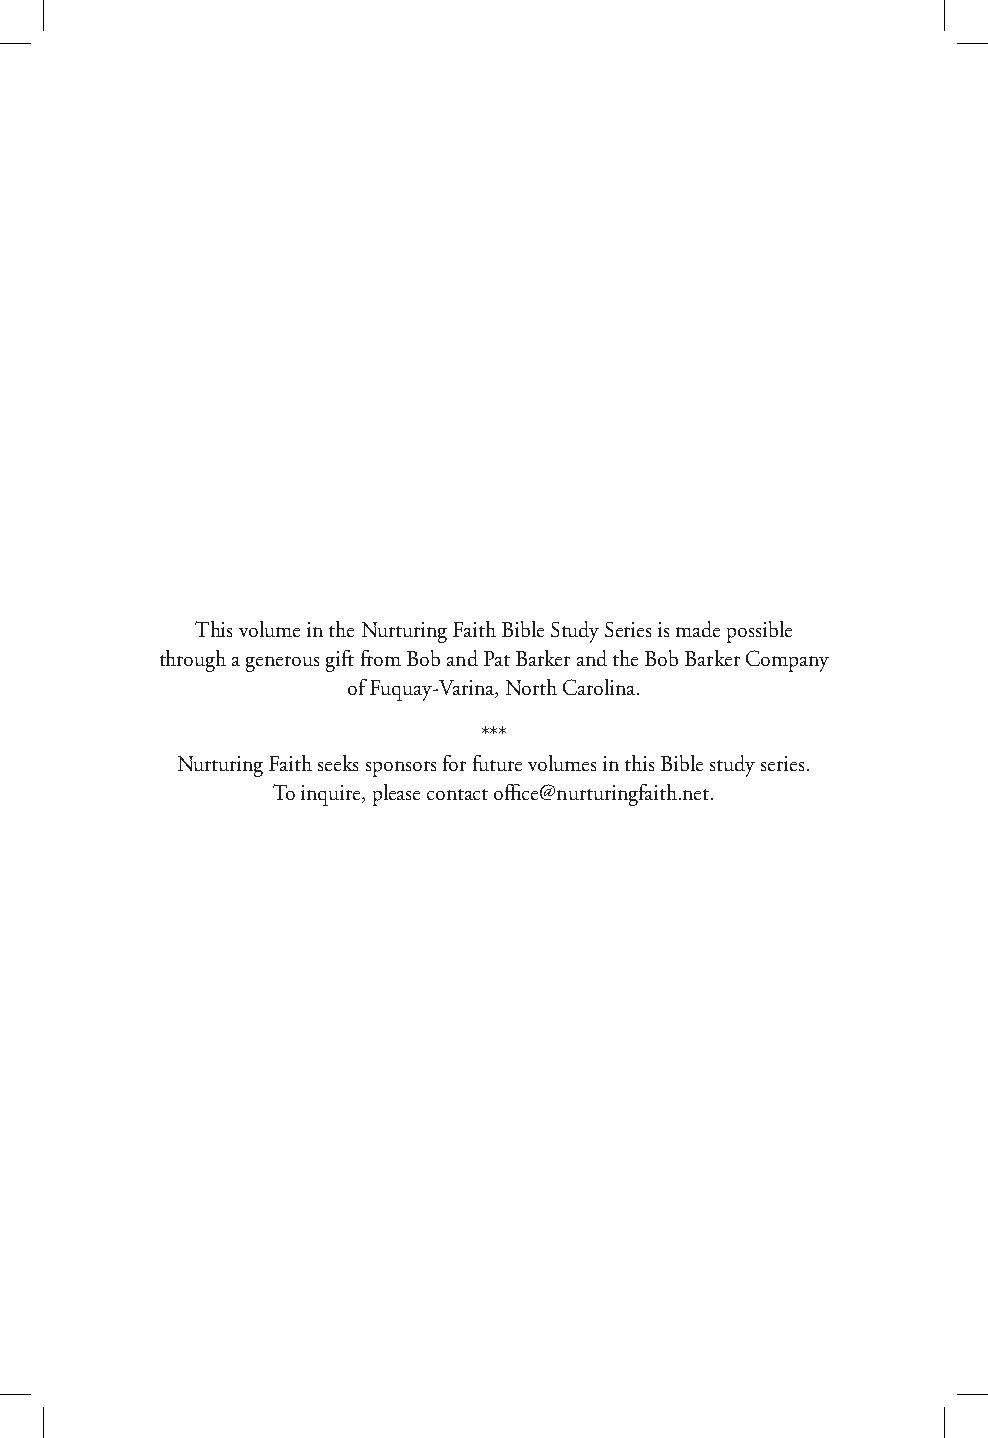
This volume in the Nurturing Faith Bible Study Series is made possible
 through a generous gift from Bob and Pat Barker and the Bob Barker Company
 of Fuquay-Varina, North Carolina.
 ***
 Nurturing Faith seeks sponsors for future volumes in this Bible study series.
 To inquire, please contact office@nurturingfaith.net.